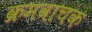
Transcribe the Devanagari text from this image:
क्रमवाचक